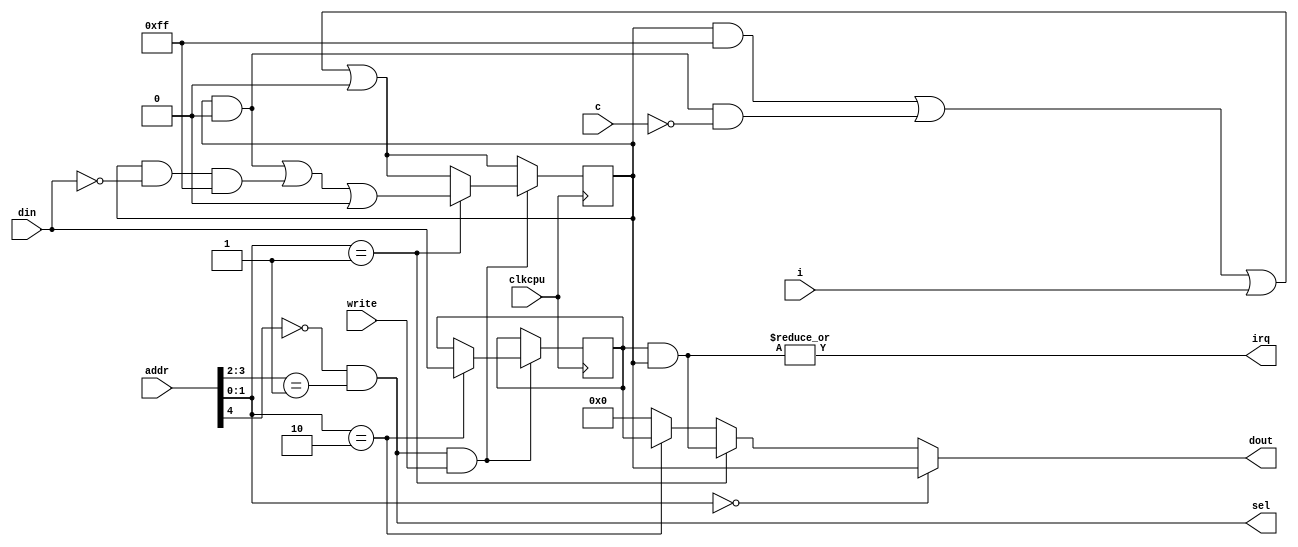
`timescale 1ns / 1ps
/* ioc_irq.v

 Copyright (c) 2012-2014, Stephen J. Leary
 All rights reserved.
 
 Redistribution and use in source and binary forms, with or without
 modification, are permitted provided that the following conditions are met:
     * Redistributions of source code must retain the above copyright
 *       notice, this list of conditions and the following disclaimer.
 *     * Redistributions in binary form must reproduce the above copyright
 *       notice, this list of conditions and the following disclaimer in the
 *       documentation and/or other materials provided with the distribution.
 *     * Neither the name of the <organization> nor the
 *       names of its contributors may be used to endorse or promote products
 *       derived from this software without specific prior written permission.
 * 
 * THIS SOFTWARE IS PROVIDED BY THE COPYRIGHT HOLDERS AND CONTRIBUTORS "AS IS" AND
 * ANY EXPRESS OR IMPLIED WARRANTIES, INCLUDING, BUT NOT LIMITED TO, THE IMPLIED
 * WARRANTIES OF MERCHANTABILITY AND FITNESS FOR A PARTICULAR PURPOSE ARE
 * DISCLAIMED. IN NO EVENT SHALL <COPYRIGHT HOLDER> BE LIABLE FOR ANY
 * DIRECT, INDIRECT, INCIDENTAL, SPECIAL, EXEMPLARY, OR CONSEQUENTIAL DAMAGES
 * (INCLUDING, BUT NOT LIMITED TO, PROCUREMENT OF SUBSTITUTE GOODS OR SERVICES;
 * LOSS OF USE, DATA, OR PROFITS; OR BUSINESS INTERRUPTION) HOWEVER CAUSED AND
 * ON ANY THEORY OF LIABILITY, WHETHER IN CONTRACT, STRICT LIABILITY, OR TORT
 * (INCLUDING NEGLIGENCE OR OTHERWISE) ARISING IN ANY WAY OUT OF THE USE OF THIS
 * SOFTWARE, EVEN IF ADVISED OF THE POSSIBILITY OF SUCH DAMAGE.
 */
 
module ioc_irq #(
parameter ADDRESS=2'b01,
parameter CANCLEAR=8'b1111_1111,
parameter PERMBITS=8'h00)
(

	input         clkcpu, // cpu bus clock domain

	input   [7:0] i,
	input   [7:0] c,
	output        irq,

	// cpu interface
	input         write,

	input   [6:2] addr,
	input   [7:0] din,
	output  [7:0] dout,
	output        sel
);

reg  [7:0] mask = 8'h00;
reg  [7:0] status = 8'h00;

wire       selected = ~addr[6] & (addr[5:4] == ADDRESS);

always @(posedge clkcpu) begin

	status <= status & CANCLEAR | status & ~CANCLEAR & ~c | i | PERMBITS;

	if (selected & write) begin

		if (addr[3:2] == 2'b10)  mask <= din;

		if (addr[3:2] == 2'b01) begin
			status <= (status & ~CANCLEAR) | (status & ~din & CANCLEAR) | PERMBITS;
		end

	end

end

assign sel = selected;

assign irq =  | (mask & status);

assign dout = addr[3:2] == 2'b00 ? status :
              addr[3:2] == 2'b01 ? mask & status :
              addr[3:2] == 2'b10 ? mask : 8'd0;

endmodule